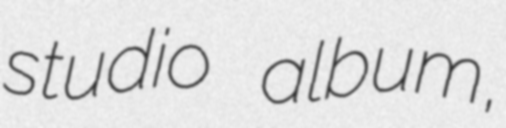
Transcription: studio album,